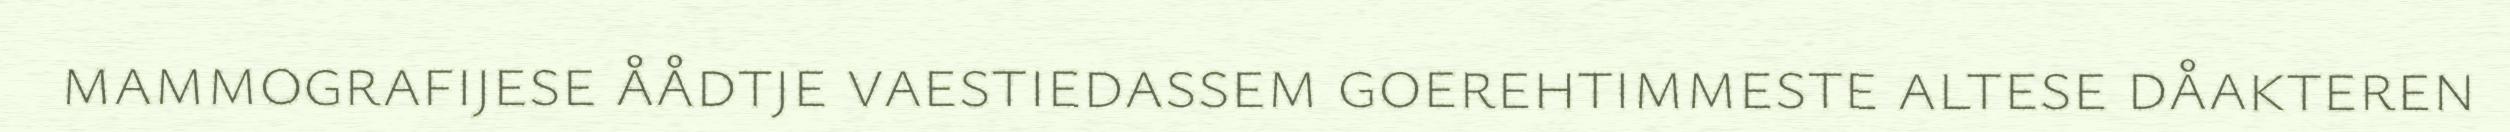
mammografijese åådtje vaestiedassem goerehtimmeste altese dåakteren